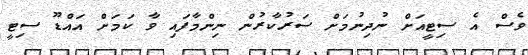
ވެސް އެ ސިޓީއަށް ނުދިނުމަށް ސަރުކާރުން ނިންމާފައި ވާ ކަމަށް އައްޑޫ ސިޓީ